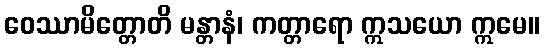
ဝေဿာမိတ္တောတိ မန္တာနံ၊ ကတ္တာရော ဣသယော ဣမေ။